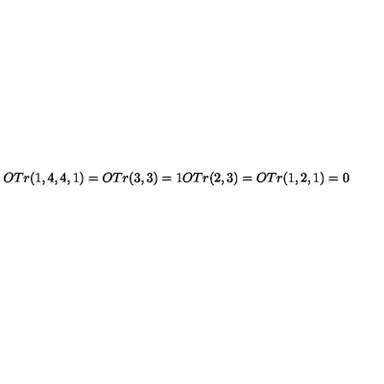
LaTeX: O T r ( 1 , 4 , 4 , 1 ) = O T r ( 3 , 3 ) = 1 O T r ( 2 , 3 ) = O T r ( 1 , 2 , 1 ) = 0